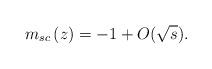
LaTeX: \begin{align*} m_{sc}\left(z\right)=-1+O(\sqrt{s}).\end{align*}